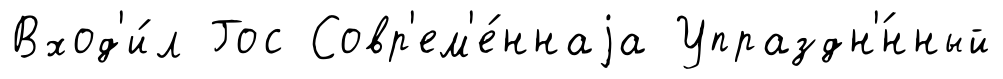
Вход'и́л Гос Совр'ем'е́ннаjа Упраздн'́нный